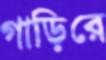
গাড়িরে